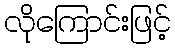
လိုကြောင်းဖြင့်